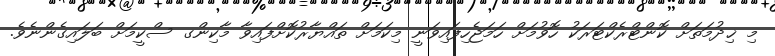
މި ޚިދުމަތަށް ކޮންޓްރެކްޓަރަކު ހޮވުމަށް ހަމަޖެހިފައިވަނީ މިކަމަށް ތައްޔާރުކޮށްފައިވާ މާކިންގ ސްކީމަށް ބަލައިގެންނެވެ.